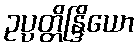
ဥပ္ပတ္တိန္ဒြိယော